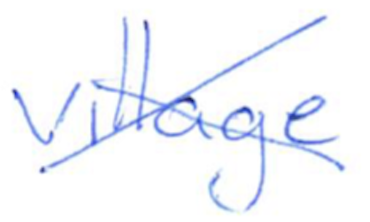
Text: village
Cross-out: cross
Writing tool: ballpoint